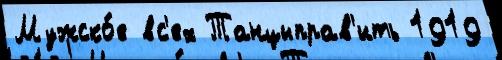
Мужско́е вс'ех Танцыправ'ить 1919